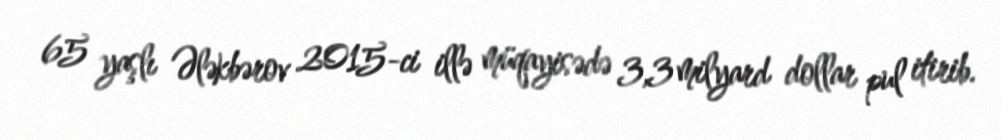
65 yaşlı Ələkbərov 2015-ci illə müqayisədə 3,3 milyard dollar pul itirib.